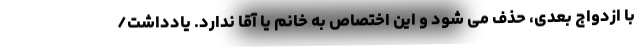
با ازدواج بعدی، حذف می شود و این اختصاص به خانم یا آقا ندارد. یادداشت/